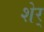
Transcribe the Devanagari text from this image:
शेर्